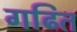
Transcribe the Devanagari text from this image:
गढित